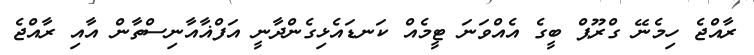
ރާއްޖެ ހިމެނޭ ގްރޫޕް ބީގެ އެއްވަނަ ޓީމެއް ކަނޑައެޅިގެންދާނީ އަފްޣާއާނިސްތާން އާއި ރާއްޖެ